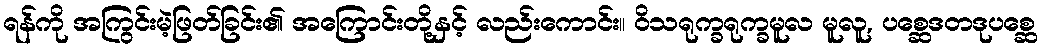
ရန်ကို အကြွင်းမဲ့ဖြတ်ခြင်း၏ အကြောင်းတို့နှင့် လည်းကောင်း။ ဝိသရုက္ခရုက္ခမူလ မူလူ, ပစ္ဆေဒတဒုပစ္ဆေ